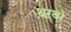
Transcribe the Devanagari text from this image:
थरथरे